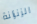
الزنزانة